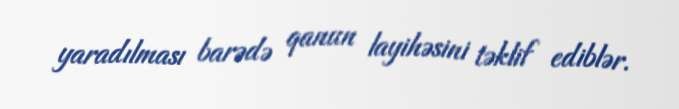
yaradılması barədə qanun layihəsini təklif ediblər.